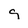
Character: g